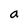
Character: a